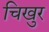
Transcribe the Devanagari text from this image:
चिखुर